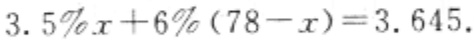
$3.5\%x + 6\%(78 - x) = 3.645.$